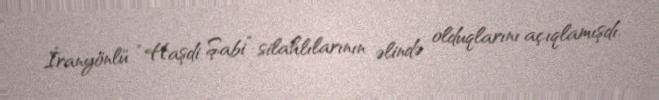
İranyönlü “Haşdi Şabi” silahlılarının əlində olduqlarını açıqlamışdı.